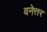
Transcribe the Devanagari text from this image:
वनेत्तर